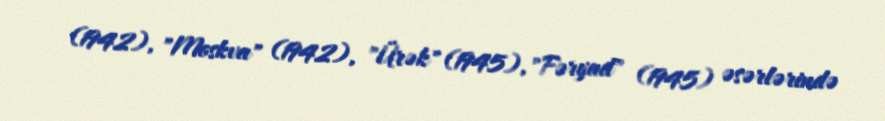
(1942), "Moskva" (1942), "Ürək" (1945), "Fəryad" (1945) əsərlərində